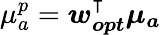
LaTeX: \mu_{a}^{p}=\boldsymbol{w_{opt}^{\intercal}\mu_{a}}